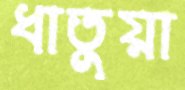
ধাতুয়া